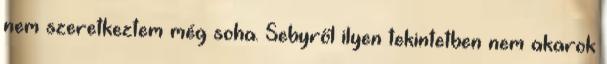
nem szeretkeztem még soha. Sebyről ilyen tekintetben nem akarok